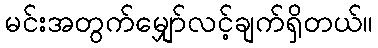
မင်းအတွက်မျှော်လင့်ချက်ရှိတယ်။